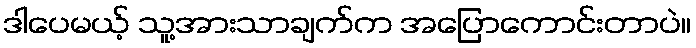
ဒါပေမယ့် သူ့အားသာချက်က အပြောကောင်းတာပဲ။